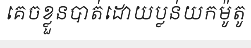
គេចខ្លួនបាត់ដោយប្លន់យកម៉ូតូ